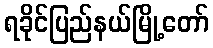
ရခိုင်ပြည်နယ်မြို့တော်